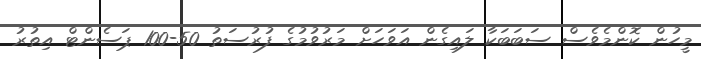
މީހުން ކޮންމެވެސް ސަބަބަކާ ލައިގެން އަވަހަށް މަރުވުމުގެ ފުރުސަތު 50-100 ޕަސެންޓް އިތުރު